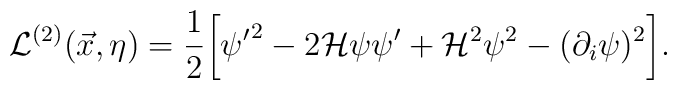
{\cal L}^{(2)}(\vec{x},\eta) = \frac{1}{2} \biggl[ {\psi'}^2 - 2 {\cal H} \psi\psi' + {\cal H}^2 \psi^2 - (\partial_{i} \psi)^2\biggr].